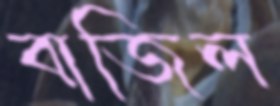
বাজিল